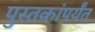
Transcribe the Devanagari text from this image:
पुस्तकांपर्यंत